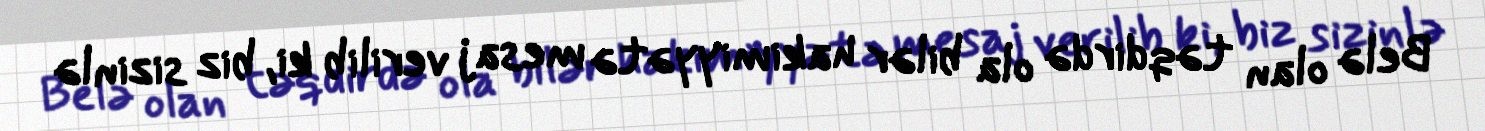
Belə olan təqdirdə ola bilər hakimiyyətə mesaj verilib ki, biz sizinlə